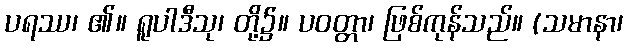
ပရဿ၊ ၏။ ရူပါဒီသု၊ တို့၌။ ပဝတ္တာ၊ ဖြစ်ကုန်သည်။ (သမာနာ၊